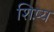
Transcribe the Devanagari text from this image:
शिष़्य